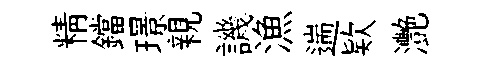
精鐺璟親譏漁遄欵灧